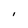
Character: I